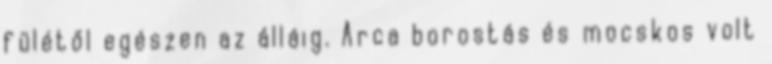
fülétől egészen az álláig. Arca borostás és mocskos volt